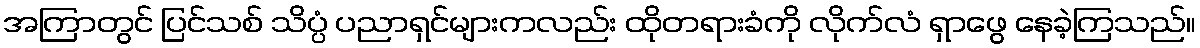
အကြာတွင် ပြင်သစ် သိပ္ပံ ပညာရှင်များကလည်း ထိုတရားခံကို လိုက်လံ ရှာဖွေ နေခဲ့ကြသည်။